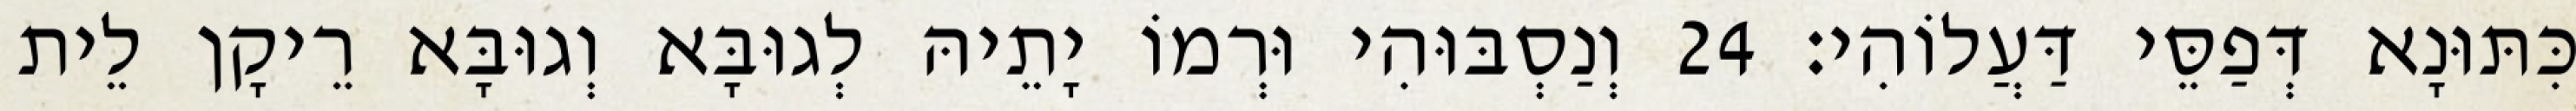
כִּתּוּנָא דְּפַסֵּי דַּעֲלוֹהִי׃ 24 וְנַסְבּוּהִי וּרְמוֹ יָתֵיהּ לְגוּבָּא וְגוּבָּא רֵיקָן לֵית